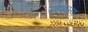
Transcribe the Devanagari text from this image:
राहणारऱ्या